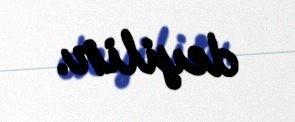
deyilir.